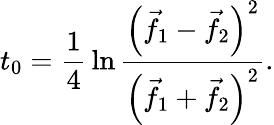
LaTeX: t_{0}={\frac{1}{4}}\ln{\frac{\left({\vec{f}}_{1}-{\vec{f}}_{2}\right)^{2}}{\left({\vec{f}}_{1}+{\vec{f}}_{2}\right)^{2}}}.